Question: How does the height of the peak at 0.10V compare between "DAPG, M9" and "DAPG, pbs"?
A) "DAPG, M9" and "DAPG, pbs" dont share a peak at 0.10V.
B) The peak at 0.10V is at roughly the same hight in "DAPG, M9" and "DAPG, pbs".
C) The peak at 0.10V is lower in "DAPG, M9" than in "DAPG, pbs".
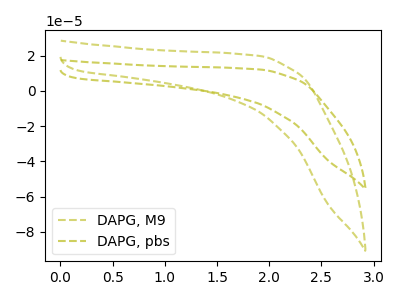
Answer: <think>The olive dashed curve "DAPG, M9" has no peaks. The olive dashed curve "DAPG, pbs" has no peaks.</think>
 <answer>A) "DAPG, M9" and "DAPG, pbs" dont share a peak at 0.10V.</answer>
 <eval>A</eval>